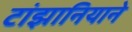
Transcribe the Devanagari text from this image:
टांझानियाने